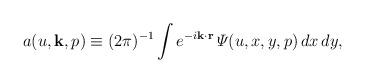
LaTeX: \begin{align*}a(u,{\bf k},p)\equiv(2\pi)^{-1}\int e^{-i{\bf k\cdot r}}\,{\mit\Psi}(u,x,y,p)\,dx\,dy,\end{align*}